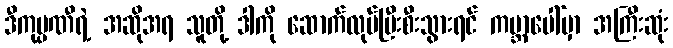
ဒီကုမ္ပဏီရဲ့ အဆိုအရ သူတို့ ဒါကို ဆောက်လုပ်ပြီးစီးသွားရင် ကမ္ဘာပေါ်မှာ အကြီးဆုံး